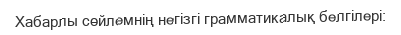
Хабарлы сөйлемнің негізгі грамматикалық белгілері: